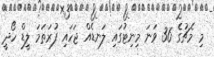
މި މެޗުގެ 36 ވަނަ މިނިޓުގައި ލަނޑެއް ޖަހައި ފުރަތަމަ ލީޑް ހޯދީ